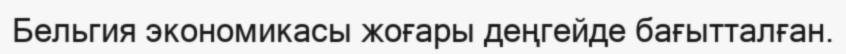
Бельгия экономикасы жоғары деңгейде бағытталған.